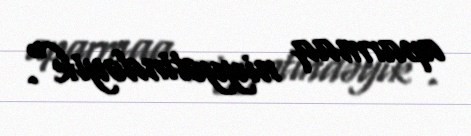
aparmaq niyyətindəyik".